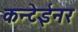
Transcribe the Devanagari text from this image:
कन्टेईनर